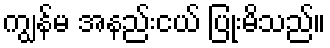
ကျွန်မ အနည်းငယ် ပြုံးမိသည်။